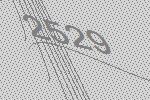
2529